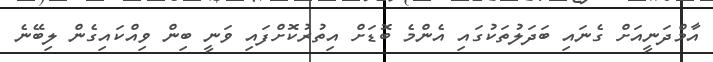
އާމްދަނީއަށް ގެނައި ބަދަލުތަކުގައި އެންމެ ބޮޑަށް އިތުރުކޮށްފައި ވަނީ ބިން ވިއްކައިގެން ލިބޭނެ